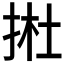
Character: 𢭰